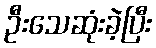
ဦးသေဆုံးခဲ့ပြီး